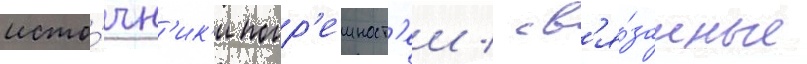
исто́чн'ик'и погр'ешност'еи / св'я́занные